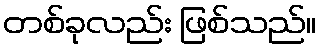
တစ်ခုလည်း ဖြစ်သည်။